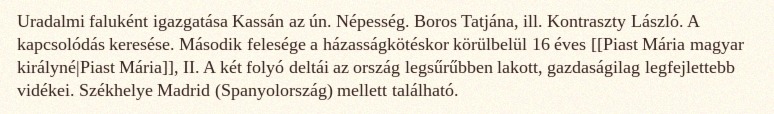
Uradalmi faluként igazgatása Kassán az ún. Népesség. Boros Tatjána, ill. Kontraszty László. A kapcsolódás keresése. Második felesége a házasságkötéskor körülbelül 16 éves [[Piast Mária magyar királyné|Piast Mária]], II. A két folyó deltái az ország legsűrűbben lakott, gazdaságilag legfejlettebb vidékei. Székhelye Madrid (Spanyolország) mellett található.